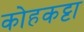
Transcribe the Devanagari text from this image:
कोहकट्टा